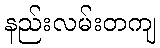
နည်းလမ်းတကျ